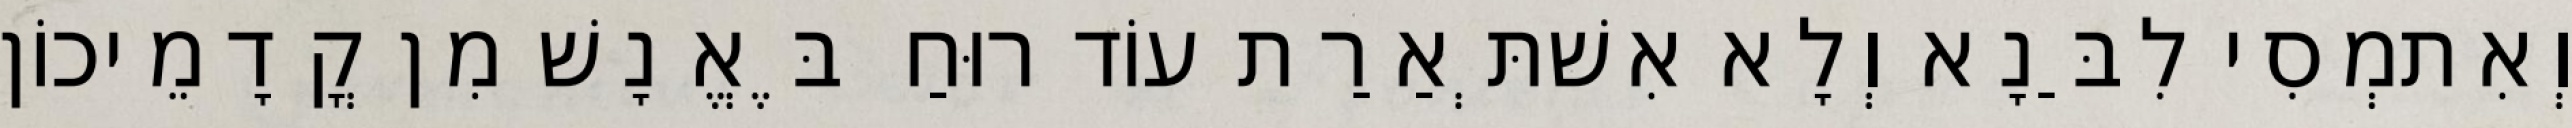
וְאִתמְסִי לִבַּנָא וְלָא אִשׁתְּאַרַת עוֹד רוּחַ בֶּאֱנָשׁ מִן קֳדָמֵיכוֹן